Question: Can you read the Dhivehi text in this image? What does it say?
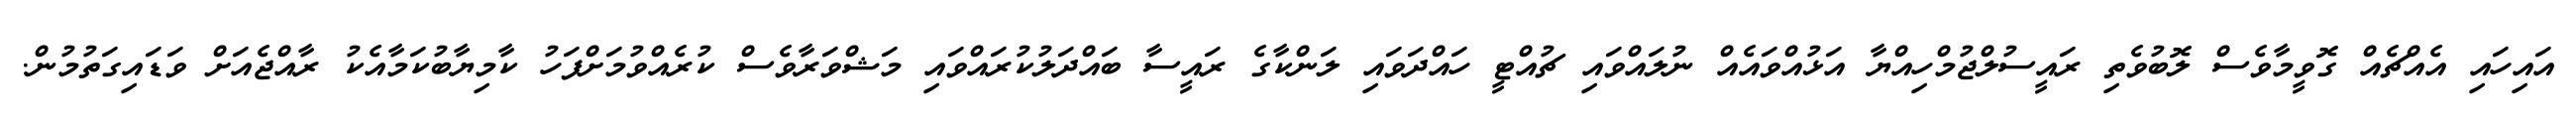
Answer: އައިހައި އެއްޗެއް ގޮވީމާވެސް ލޮބުވެތި ރައީސުލްޖުމްހިއްޔާ އަޅުއްވައެއް ނުލައްވައި ޗުއްޓީ ހައްދަވައި ލަންކާގެ ރައީސާ ބައްދަލުކުރައްވައި މަޝްވަރާވެސް ކުރެއްވުމަށްފަހު ކާމިޔާބުކަމާއެކު ރާއްޖެއަށް ވަޑައިގަތުމުން.